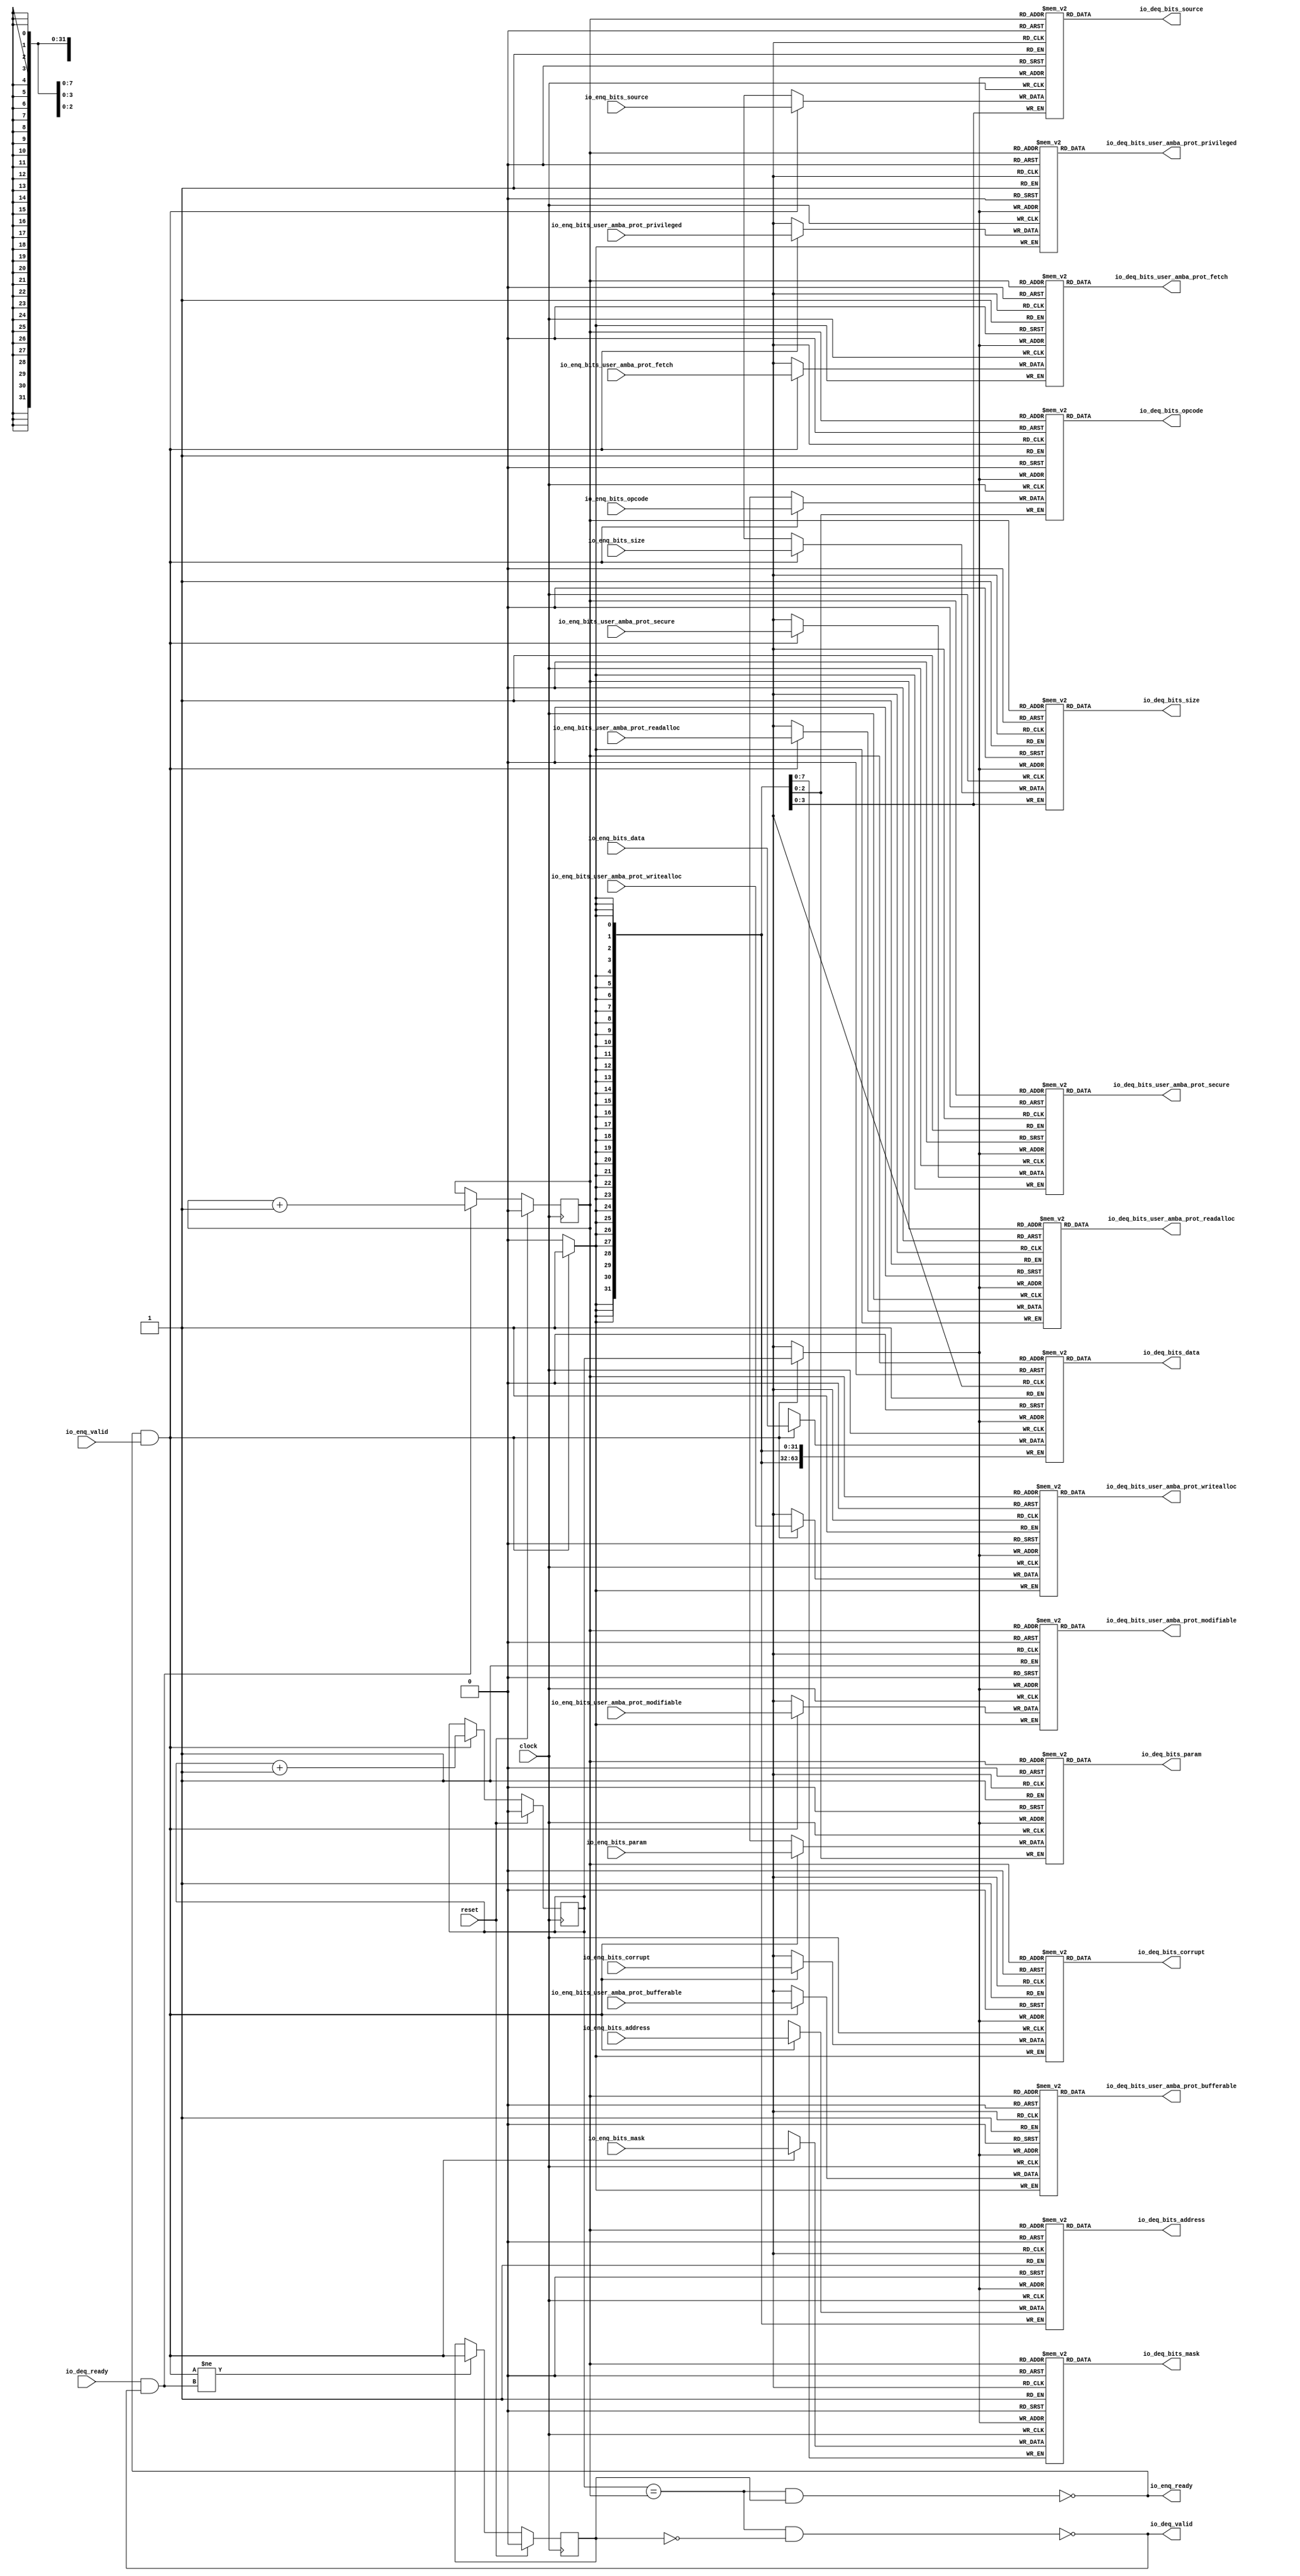
module Queue_12(
  input         clock,
  input         reset,
  output        io_enq_ready,
  input         io_enq_valid,
  input  [2:0]  io_enq_bits_opcode,
  input  [2:0]  io_enq_bits_param,
  input  [3:0]  io_enq_bits_size,
  input  [3:0]  io_enq_bits_source,
  input  [31:0] io_enq_bits_address,
  input         io_enq_bits_user_amba_prot_bufferable,
  input         io_enq_bits_user_amba_prot_modifiable,
  input         io_enq_bits_user_amba_prot_readalloc,
  input         io_enq_bits_user_amba_prot_writealloc,
  input         io_enq_bits_user_amba_prot_privileged,
  input         io_enq_bits_user_amba_prot_secure,
  input         io_enq_bits_user_amba_prot_fetch,
  input  [7:0]  io_enq_bits_mask,
  input  [63:0] io_enq_bits_data,
  input         io_enq_bits_corrupt,
  input         io_deq_ready,
  output        io_deq_valid,
  output [2:0]  io_deq_bits_opcode,
  output [2:0]  io_deq_bits_param,
  output [3:0]  io_deq_bits_size,
  output [3:0]  io_deq_bits_source,
  output [31:0] io_deq_bits_address,
  output        io_deq_bits_user_amba_prot_bufferable,
  output        io_deq_bits_user_amba_prot_modifiable,
  output        io_deq_bits_user_amba_prot_readalloc,
  output        io_deq_bits_user_amba_prot_writealloc,
  output        io_deq_bits_user_amba_prot_privileged,
  output        io_deq_bits_user_amba_prot_secure,
  output        io_deq_bits_user_amba_prot_fetch,
  output [7:0]  io_deq_bits_mask,
  output [63:0] io_deq_bits_data,
  output        io_deq_bits_corrupt
);
`ifdef RANDOMIZE_MEM_INIT
  reg [31:0] _RAND_0;
  reg [31:0] _RAND_1;
  reg [31:0] _RAND_2;
  reg [31:0] _RAND_3;
  reg [31:0] _RAND_4;
  reg [31:0] _RAND_5;
  reg [31:0] _RAND_6;
  reg [31:0] _RAND_7;
  reg [31:0] _RAND_8;
  reg [31:0] _RAND_9;
  reg [31:0] _RAND_10;
  reg [31:0] _RAND_11;
  reg [31:0] _RAND_12;
  reg [63:0] _RAND_13;
  reg [31:0] _RAND_14;
`endif // RANDOMIZE_MEM_INIT
`ifdef RANDOMIZE_REG_INIT
  reg [31:0] _RAND_15;
  reg [31:0] _RAND_16;
  reg [31:0] _RAND_17;
`endif // RANDOMIZE_REG_INIT
  reg [2:0] ram_opcode [0:1]; // @[Decoupled.scala 259:95]
  wire  ram_opcode_io_deq_bits_MPORT_en; // @[Decoupled.scala 259:95]
  wire  ram_opcode_io_deq_bits_MPORT_addr; // @[Decoupled.scala 259:95]
  wire [2:0] ram_opcode_io_deq_bits_MPORT_data; // @[Decoupled.scala 259:95]
  wire [2:0] ram_opcode_MPORT_data; // @[Decoupled.scala 259:95]
  wire  ram_opcode_MPORT_addr; // @[Decoupled.scala 259:95]
  wire  ram_opcode_MPORT_mask; // @[Decoupled.scala 259:95]
  wire  ram_opcode_MPORT_en; // @[Decoupled.scala 259:95]
  reg [2:0] ram_param [0:1]; // @[Decoupled.scala 259:95]
  wire  ram_param_io_deq_bits_MPORT_en; // @[Decoupled.scala 259:95]
  wire  ram_param_io_deq_bits_MPORT_addr; // @[Decoupled.scala 259:95]
  wire [2:0] ram_param_io_deq_bits_MPORT_data; // @[Decoupled.scala 259:95]
  wire [2:0] ram_param_MPORT_data; // @[Decoupled.scala 259:95]
  wire  ram_param_MPORT_addr; // @[Decoupled.scala 259:95]
  wire  ram_param_MPORT_mask; // @[Decoupled.scala 259:95]
  wire  ram_param_MPORT_en; // @[Decoupled.scala 259:95]
  reg [3:0] ram_size [0:1]; // @[Decoupled.scala 259:95]
  wire  ram_size_io_deq_bits_MPORT_en; // @[Decoupled.scala 259:95]
  wire  ram_size_io_deq_bits_MPORT_addr; // @[Decoupled.scala 259:95]
  wire [3:0] ram_size_io_deq_bits_MPORT_data; // @[Decoupled.scala 259:95]
  wire [3:0] ram_size_MPORT_data; // @[Decoupled.scala 259:95]
  wire  ram_size_MPORT_addr; // @[Decoupled.scala 259:95]
  wire  ram_size_MPORT_mask; // @[Decoupled.scala 259:95]
  wire  ram_size_MPORT_en; // @[Decoupled.scala 259:95]
  reg [3:0] ram_source [0:1]; // @[Decoupled.scala 259:95]
  wire  ram_source_io_deq_bits_MPORT_en; // @[Decoupled.scala 259:95]
  wire  ram_source_io_deq_bits_MPORT_addr; // @[Decoupled.scala 259:95]
  wire [3:0] ram_source_io_deq_bits_MPORT_data; // @[Decoupled.scala 259:95]
  wire [3:0] ram_source_MPORT_data; // @[Decoupled.scala 259:95]
  wire  ram_source_MPORT_addr; // @[Decoupled.scala 259:95]
  wire  ram_source_MPORT_mask; // @[Decoupled.scala 259:95]
  wire  ram_source_MPORT_en; // @[Decoupled.scala 259:95]
  reg [31:0] ram_address [0:1]; // @[Decoupled.scala 259:95]
  wire  ram_address_io_deq_bits_MPORT_en; // @[Decoupled.scala 259:95]
  wire  ram_address_io_deq_bits_MPORT_addr; // @[Decoupled.scala 259:95]
  wire [31:0] ram_address_io_deq_bits_MPORT_data; // @[Decoupled.scala 259:95]
  wire [31:0] ram_address_MPORT_data; // @[Decoupled.scala 259:95]
  wire  ram_address_MPORT_addr; // @[Decoupled.scala 259:95]
  wire  ram_address_MPORT_mask; // @[Decoupled.scala 259:95]
  wire  ram_address_MPORT_en; // @[Decoupled.scala 259:95]
  reg  ram_user_amba_prot_bufferable [0:1]; // @[Decoupled.scala 259:95]
  wire  ram_user_amba_prot_bufferable_io_deq_bits_MPORT_en; // @[Decoupled.scala 259:95]
  wire  ram_user_amba_prot_bufferable_io_deq_bits_MPORT_addr; // @[Decoupled.scala 259:95]
  wire  ram_user_amba_prot_bufferable_io_deq_bits_MPORT_data; // @[Decoupled.scala 259:95]
  wire  ram_user_amba_prot_bufferable_MPORT_data; // @[Decoupled.scala 259:95]
  wire  ram_user_amba_prot_bufferable_MPORT_addr; // @[Decoupled.scala 259:95]
  wire  ram_user_amba_prot_bufferable_MPORT_mask; // @[Decoupled.scala 259:95]
  wire  ram_user_amba_prot_bufferable_MPORT_en; // @[Decoupled.scala 259:95]
  reg  ram_user_amba_prot_modifiable [0:1]; // @[Decoupled.scala 259:95]
  wire  ram_user_amba_prot_modifiable_io_deq_bits_MPORT_en; // @[Decoupled.scala 259:95]
  wire  ram_user_amba_prot_modifiable_io_deq_bits_MPORT_addr; // @[Decoupled.scala 259:95]
  wire  ram_user_amba_prot_modifiable_io_deq_bits_MPORT_data; // @[Decoupled.scala 259:95]
  wire  ram_user_amba_prot_modifiable_MPORT_data; // @[Decoupled.scala 259:95]
  wire  ram_user_amba_prot_modifiable_MPORT_addr; // @[Decoupled.scala 259:95]
  wire  ram_user_amba_prot_modifiable_MPORT_mask; // @[Decoupled.scala 259:95]
  wire  ram_user_amba_prot_modifiable_MPORT_en; // @[Decoupled.scala 259:95]
  reg  ram_user_amba_prot_readalloc [0:1]; // @[Decoupled.scala 259:95]
  wire  ram_user_amba_prot_readalloc_io_deq_bits_MPORT_en; // @[Decoupled.scala 259:95]
  wire  ram_user_amba_prot_readalloc_io_deq_bits_MPORT_addr; // @[Decoupled.scala 259:95]
  wire  ram_user_amba_prot_readalloc_io_deq_bits_MPORT_data; // @[Decoupled.scala 259:95]
  wire  ram_user_amba_prot_readalloc_MPORT_data; // @[Decoupled.scala 259:95]
  wire  ram_user_amba_prot_readalloc_MPORT_addr; // @[Decoupled.scala 259:95]
  wire  ram_user_amba_prot_readalloc_MPORT_mask; // @[Decoupled.scala 259:95]
  wire  ram_user_amba_prot_readalloc_MPORT_en; // @[Decoupled.scala 259:95]
  reg  ram_user_amba_prot_writealloc [0:1]; // @[Decoupled.scala 259:95]
  wire  ram_user_amba_prot_writealloc_io_deq_bits_MPORT_en; // @[Decoupled.scala 259:95]
  wire  ram_user_amba_prot_writealloc_io_deq_bits_MPORT_addr; // @[Decoupled.scala 259:95]
  wire  ram_user_amba_prot_writealloc_io_deq_bits_MPORT_data; // @[Decoupled.scala 259:95]
  wire  ram_user_amba_prot_writealloc_MPORT_data; // @[Decoupled.scala 259:95]
  wire  ram_user_amba_prot_writealloc_MPORT_addr; // @[Decoupled.scala 259:95]
  wire  ram_user_amba_prot_writealloc_MPORT_mask; // @[Decoupled.scala 259:95]
  wire  ram_user_amba_prot_writealloc_MPORT_en; // @[Decoupled.scala 259:95]
  reg  ram_user_amba_prot_privileged [0:1]; // @[Decoupled.scala 259:95]
  wire  ram_user_amba_prot_privileged_io_deq_bits_MPORT_en; // @[Decoupled.scala 259:95]
  wire  ram_user_amba_prot_privileged_io_deq_bits_MPORT_addr; // @[Decoupled.scala 259:95]
  wire  ram_user_amba_prot_privileged_io_deq_bits_MPORT_data; // @[Decoupled.scala 259:95]
  wire  ram_user_amba_prot_privileged_MPORT_data; // @[Decoupled.scala 259:95]
  wire  ram_user_amba_prot_privileged_MPORT_addr; // @[Decoupled.scala 259:95]
  wire  ram_user_amba_prot_privileged_MPORT_mask; // @[Decoupled.scala 259:95]
  wire  ram_user_amba_prot_privileged_MPORT_en; // @[Decoupled.scala 259:95]
  reg  ram_user_amba_prot_secure [0:1]; // @[Decoupled.scala 259:95]
  wire  ram_user_amba_prot_secure_io_deq_bits_MPORT_en; // @[Decoupled.scala 259:95]
  wire  ram_user_amba_prot_secure_io_deq_bits_MPORT_addr; // @[Decoupled.scala 259:95]
  wire  ram_user_amba_prot_secure_io_deq_bits_MPORT_data; // @[Decoupled.scala 259:95]
  wire  ram_user_amba_prot_secure_MPORT_data; // @[Decoupled.scala 259:95]
  wire  ram_user_amba_prot_secure_MPORT_addr; // @[Decoupled.scala 259:95]
  wire  ram_user_amba_prot_secure_MPORT_mask; // @[Decoupled.scala 259:95]
  wire  ram_user_amba_prot_secure_MPORT_en; // @[Decoupled.scala 259:95]
  reg  ram_user_amba_prot_fetch [0:1]; // @[Decoupled.scala 259:95]
  wire  ram_user_amba_prot_fetch_io_deq_bits_MPORT_en; // @[Decoupled.scala 259:95]
  wire  ram_user_amba_prot_fetch_io_deq_bits_MPORT_addr; // @[Decoupled.scala 259:95]
  wire  ram_user_amba_prot_fetch_io_deq_bits_MPORT_data; // @[Decoupled.scala 259:95]
  wire  ram_user_amba_prot_fetch_MPORT_data; // @[Decoupled.scala 259:95]
  wire  ram_user_amba_prot_fetch_MPORT_addr; // @[Decoupled.scala 259:95]
  wire  ram_user_amba_prot_fetch_MPORT_mask; // @[Decoupled.scala 259:95]
  wire  ram_user_amba_prot_fetch_MPORT_en; // @[Decoupled.scala 259:95]
  reg [7:0] ram_mask [0:1]; // @[Decoupled.scala 259:95]
  wire  ram_mask_io_deq_bits_MPORT_en; // @[Decoupled.scala 259:95]
  wire  ram_mask_io_deq_bits_MPORT_addr; // @[Decoupled.scala 259:95]
  wire [7:0] ram_mask_io_deq_bits_MPORT_data; // @[Decoupled.scala 259:95]
  wire [7:0] ram_mask_MPORT_data; // @[Decoupled.scala 259:95]
  wire  ram_mask_MPORT_addr; // @[Decoupled.scala 259:95]
  wire  ram_mask_MPORT_mask; // @[Decoupled.scala 259:95]
  wire  ram_mask_MPORT_en; // @[Decoupled.scala 259:95]
  reg [63:0] ram_data [0:1]; // @[Decoupled.scala 259:95]
  wire  ram_data_io_deq_bits_MPORT_en; // @[Decoupled.scala 259:95]
  wire  ram_data_io_deq_bits_MPORT_addr; // @[Decoupled.scala 259:95]
  wire [63:0] ram_data_io_deq_bits_MPORT_data; // @[Decoupled.scala 259:95]
  wire [63:0] ram_data_MPORT_data; // @[Decoupled.scala 259:95]
  wire  ram_data_MPORT_addr; // @[Decoupled.scala 259:95]
  wire  ram_data_MPORT_mask; // @[Decoupled.scala 259:95]
  wire  ram_data_MPORT_en; // @[Decoupled.scala 259:95]
  reg  ram_corrupt [0:1]; // @[Decoupled.scala 259:95]
  wire  ram_corrupt_io_deq_bits_MPORT_en; // @[Decoupled.scala 259:95]
  wire  ram_corrupt_io_deq_bits_MPORT_addr; // @[Decoupled.scala 259:95]
  wire  ram_corrupt_io_deq_bits_MPORT_data; // @[Decoupled.scala 259:95]
  wire  ram_corrupt_MPORT_data; // @[Decoupled.scala 259:95]
  wire  ram_corrupt_MPORT_addr; // @[Decoupled.scala 259:95]
  wire  ram_corrupt_MPORT_mask; // @[Decoupled.scala 259:95]
  wire  ram_corrupt_MPORT_en; // @[Decoupled.scala 259:95]
  reg  value; // @[Counter.scala 62:40]
  reg  value_1; // @[Counter.scala 62:40]
  reg  maybe_full; // @[Decoupled.scala 262:27]
  wire  ptr_match = value == value_1; // @[Decoupled.scala 263:33]
  wire  empty = ptr_match & ~maybe_full; // @[Decoupled.scala 264:25]
  wire  full = ptr_match & maybe_full; // @[Decoupled.scala 265:24]
  wire  do_enq = io_enq_ready & io_enq_valid; // @[Decoupled.scala 50:35]
  wire  do_deq = io_deq_ready & io_deq_valid; // @[Decoupled.scala 50:35]
  assign ram_opcode_io_deq_bits_MPORT_en = 1'h1;
  assign ram_opcode_io_deq_bits_MPORT_addr = value_1;
  assign ram_opcode_io_deq_bits_MPORT_data = ram_opcode[ram_opcode_io_deq_bits_MPORT_addr]; // @[Decoupled.scala 259:95]
  assign ram_opcode_MPORT_data = io_enq_bits_opcode;
  assign ram_opcode_MPORT_addr = value;
  assign ram_opcode_MPORT_mask = 1'h1;
  assign ram_opcode_MPORT_en = io_enq_ready & io_enq_valid;
  assign ram_param_io_deq_bits_MPORT_en = 1'h1;
  assign ram_param_io_deq_bits_MPORT_addr = value_1;
  assign ram_param_io_deq_bits_MPORT_data = ram_param[ram_param_io_deq_bits_MPORT_addr]; // @[Decoupled.scala 259:95]
  assign ram_param_MPORT_data = io_enq_bits_param;
  assign ram_param_MPORT_addr = value;
  assign ram_param_MPORT_mask = 1'h1;
  assign ram_param_MPORT_en = io_enq_ready & io_enq_valid;
  assign ram_size_io_deq_bits_MPORT_en = 1'h1;
  assign ram_size_io_deq_bits_MPORT_addr = value_1;
  assign ram_size_io_deq_bits_MPORT_data = ram_size[ram_size_io_deq_bits_MPORT_addr]; // @[Decoupled.scala 259:95]
  assign ram_size_MPORT_data = io_enq_bits_size;
  assign ram_size_MPORT_addr = value;
  assign ram_size_MPORT_mask = 1'h1;
  assign ram_size_MPORT_en = io_enq_ready & io_enq_valid;
  assign ram_source_io_deq_bits_MPORT_en = 1'h1;
  assign ram_source_io_deq_bits_MPORT_addr = value_1;
  assign ram_source_io_deq_bits_MPORT_data = ram_source[ram_source_io_deq_bits_MPORT_addr]; // @[Decoupled.scala 259:95]
  assign ram_source_MPORT_data = io_enq_bits_source;
  assign ram_source_MPORT_addr = value;
  assign ram_source_MPORT_mask = 1'h1;
  assign ram_source_MPORT_en = io_enq_ready & io_enq_valid;
  assign ram_address_io_deq_bits_MPORT_en = 1'h1;
  assign ram_address_io_deq_bits_MPORT_addr = value_1;
  assign ram_address_io_deq_bits_MPORT_data = ram_address[ram_address_io_deq_bits_MPORT_addr]; // @[Decoupled.scala 259:95]
  assign ram_address_MPORT_data = io_enq_bits_address;
  assign ram_address_MPORT_addr = value;
  assign ram_address_MPORT_mask = 1'h1;
  assign ram_address_MPORT_en = io_enq_ready & io_enq_valid;
  assign ram_user_amba_prot_bufferable_io_deq_bits_MPORT_en = 1'h1;
  assign ram_user_amba_prot_bufferable_io_deq_bits_MPORT_addr = value_1;
  assign ram_user_amba_prot_bufferable_io_deq_bits_MPORT_data =
    ram_user_amba_prot_bufferable[ram_user_amba_prot_bufferable_io_deq_bits_MPORT_addr]; // @[Decoupled.scala 259:95]
  assign ram_user_amba_prot_bufferable_MPORT_data = io_enq_bits_user_amba_prot_bufferable;
  assign ram_user_amba_prot_bufferable_MPORT_addr = value;
  assign ram_user_amba_prot_bufferable_MPORT_mask = 1'h1;
  assign ram_user_amba_prot_bufferable_MPORT_en = io_enq_ready & io_enq_valid;
  assign ram_user_amba_prot_modifiable_io_deq_bits_MPORT_en = 1'h1;
  assign ram_user_amba_prot_modifiable_io_deq_bits_MPORT_addr = value_1;
  assign ram_user_amba_prot_modifiable_io_deq_bits_MPORT_data =
    ram_user_amba_prot_modifiable[ram_user_amba_prot_modifiable_io_deq_bits_MPORT_addr]; // @[Decoupled.scala 259:95]
  assign ram_user_amba_prot_modifiable_MPORT_data = io_enq_bits_user_amba_prot_modifiable;
  assign ram_user_amba_prot_modifiable_MPORT_addr = value;
  assign ram_user_amba_prot_modifiable_MPORT_mask = 1'h1;
  assign ram_user_amba_prot_modifiable_MPORT_en = io_enq_ready & io_enq_valid;
  assign ram_user_amba_prot_readalloc_io_deq_bits_MPORT_en = 1'h1;
  assign ram_user_amba_prot_readalloc_io_deq_bits_MPORT_addr = value_1;
  assign ram_user_amba_prot_readalloc_io_deq_bits_MPORT_data =
    ram_user_amba_prot_readalloc[ram_user_amba_prot_readalloc_io_deq_bits_MPORT_addr]; // @[Decoupled.scala 259:95]
  assign ram_user_amba_prot_readalloc_MPORT_data = io_enq_bits_user_amba_prot_readalloc;
  assign ram_user_amba_prot_readalloc_MPORT_addr = value;
  assign ram_user_amba_prot_readalloc_MPORT_mask = 1'h1;
  assign ram_user_amba_prot_readalloc_MPORT_en = io_enq_ready & io_enq_valid;
  assign ram_user_amba_prot_writealloc_io_deq_bits_MPORT_en = 1'h1;
  assign ram_user_amba_prot_writealloc_io_deq_bits_MPORT_addr = value_1;
  assign ram_user_amba_prot_writealloc_io_deq_bits_MPORT_data =
    ram_user_amba_prot_writealloc[ram_user_amba_prot_writealloc_io_deq_bits_MPORT_addr]; // @[Decoupled.scala 259:95]
  assign ram_user_amba_prot_writealloc_MPORT_data = io_enq_bits_user_amba_prot_writealloc;
  assign ram_user_amba_prot_writealloc_MPORT_addr = value;
  assign ram_user_amba_prot_writealloc_MPORT_mask = 1'h1;
  assign ram_user_amba_prot_writealloc_MPORT_en = io_enq_ready & io_enq_valid;
  assign ram_user_amba_prot_privileged_io_deq_bits_MPORT_en = 1'h1;
  assign ram_user_amba_prot_privileged_io_deq_bits_MPORT_addr = value_1;
  assign ram_user_amba_prot_privileged_io_deq_bits_MPORT_data =
    ram_user_amba_prot_privileged[ram_user_amba_prot_privileged_io_deq_bits_MPORT_addr]; // @[Decoupled.scala 259:95]
  assign ram_user_amba_prot_privileged_MPORT_data = io_enq_bits_user_amba_prot_privileged;
  assign ram_user_amba_prot_privileged_MPORT_addr = value;
  assign ram_user_amba_prot_privileged_MPORT_mask = 1'h1;
  assign ram_user_amba_prot_privileged_MPORT_en = io_enq_ready & io_enq_valid;
  assign ram_user_amba_prot_secure_io_deq_bits_MPORT_en = 1'h1;
  assign ram_user_amba_prot_secure_io_deq_bits_MPORT_addr = value_1;
  assign ram_user_amba_prot_secure_io_deq_bits_MPORT_data =
    ram_user_amba_prot_secure[ram_user_amba_prot_secure_io_deq_bits_MPORT_addr]; // @[Decoupled.scala 259:95]
  assign ram_user_amba_prot_secure_MPORT_data = io_enq_bits_user_amba_prot_secure;
  assign ram_user_amba_prot_secure_MPORT_addr = value;
  assign ram_user_amba_prot_secure_MPORT_mask = 1'h1;
  assign ram_user_amba_prot_secure_MPORT_en = io_enq_ready & io_enq_valid;
  assign ram_user_amba_prot_fetch_io_deq_bits_MPORT_en = 1'h1;
  assign ram_user_amba_prot_fetch_io_deq_bits_MPORT_addr = value_1;
  assign ram_user_amba_prot_fetch_io_deq_bits_MPORT_data =
    ram_user_amba_prot_fetch[ram_user_amba_prot_fetch_io_deq_bits_MPORT_addr]; // @[Decoupled.scala 259:95]
  assign ram_user_amba_prot_fetch_MPORT_data = io_enq_bits_user_amba_prot_fetch;
  assign ram_user_amba_prot_fetch_MPORT_addr = value;
  assign ram_user_amba_prot_fetch_MPORT_mask = 1'h1;
  assign ram_user_amba_prot_fetch_MPORT_en = io_enq_ready & io_enq_valid;
  assign ram_mask_io_deq_bits_MPORT_en = 1'h1;
  assign ram_mask_io_deq_bits_MPORT_addr = value_1;
  assign ram_mask_io_deq_bits_MPORT_data = ram_mask[ram_mask_io_deq_bits_MPORT_addr]; // @[Decoupled.scala 259:95]
  assign ram_mask_MPORT_data = io_enq_bits_mask;
  assign ram_mask_MPORT_addr = value;
  assign ram_mask_MPORT_mask = 1'h1;
  assign ram_mask_MPORT_en = io_enq_ready & io_enq_valid;
  assign ram_data_io_deq_bits_MPORT_en = 1'h1;
  assign ram_data_io_deq_bits_MPORT_addr = value_1;
  assign ram_data_io_deq_bits_MPORT_data = ram_data[ram_data_io_deq_bits_MPORT_addr]; // @[Decoupled.scala 259:95]
  assign ram_data_MPORT_data = io_enq_bits_data;
  assign ram_data_MPORT_addr = value;
  assign ram_data_MPORT_mask = 1'h1;
  assign ram_data_MPORT_en = io_enq_ready & io_enq_valid;
  assign ram_corrupt_io_deq_bits_MPORT_en = 1'h1;
  assign ram_corrupt_io_deq_bits_MPORT_addr = value_1;
  assign ram_corrupt_io_deq_bits_MPORT_data = ram_corrupt[ram_corrupt_io_deq_bits_MPORT_addr]; // @[Decoupled.scala 259:95]
  assign ram_corrupt_MPORT_data = io_enq_bits_corrupt;
  assign ram_corrupt_MPORT_addr = value;
  assign ram_corrupt_MPORT_mask = 1'h1;
  assign ram_corrupt_MPORT_en = io_enq_ready & io_enq_valid;
  assign io_enq_ready = ~full; // @[Decoupled.scala 289:19]
  assign io_deq_valid = ~empty; // @[Decoupled.scala 288:19]
  assign io_deq_bits_opcode = ram_opcode_io_deq_bits_MPORT_data; // @[Decoupled.scala 296:17]
  assign io_deq_bits_param = ram_param_io_deq_bits_MPORT_data; // @[Decoupled.scala 296:17]
  assign io_deq_bits_size = ram_size_io_deq_bits_MPORT_data; // @[Decoupled.scala 296:17]
  assign io_deq_bits_source = ram_source_io_deq_bits_MPORT_data; // @[Decoupled.scala 296:17]
  assign io_deq_bits_address = ram_address_io_deq_bits_MPORT_data; // @[Decoupled.scala 296:17]
  assign io_deq_bits_user_amba_prot_bufferable = ram_user_amba_prot_bufferable_io_deq_bits_MPORT_data; // @[Decoupled.scala 296:17]
  assign io_deq_bits_user_amba_prot_modifiable = ram_user_amba_prot_modifiable_io_deq_bits_MPORT_data; // @[Decoupled.scala 296:17]
  assign io_deq_bits_user_amba_prot_readalloc = ram_user_amba_prot_readalloc_io_deq_bits_MPORT_data; // @[Decoupled.scala 296:17]
  assign io_deq_bits_user_amba_prot_writealloc = ram_user_amba_prot_writealloc_io_deq_bits_MPORT_data; // @[Decoupled.scala 296:17]
  assign io_deq_bits_user_amba_prot_privileged = ram_user_amba_prot_privileged_io_deq_bits_MPORT_data; // @[Decoupled.scala 296:17]
  assign io_deq_bits_user_amba_prot_secure = ram_user_amba_prot_secure_io_deq_bits_MPORT_data; // @[Decoupled.scala 296:17]
  assign io_deq_bits_user_amba_prot_fetch = ram_user_amba_prot_fetch_io_deq_bits_MPORT_data; // @[Decoupled.scala 296:17]
  assign io_deq_bits_mask = ram_mask_io_deq_bits_MPORT_data; // @[Decoupled.scala 296:17]
  assign io_deq_bits_data = ram_data_io_deq_bits_MPORT_data; // @[Decoupled.scala 296:17]
  assign io_deq_bits_corrupt = ram_corrupt_io_deq_bits_MPORT_data; // @[Decoupled.scala 296:17]
  always @(posedge clock) begin
    if (ram_opcode_MPORT_en & ram_opcode_MPORT_mask) begin
      ram_opcode[ram_opcode_MPORT_addr] <= ram_opcode_MPORT_data; // @[Decoupled.scala 259:95]
    end
    if (ram_param_MPORT_en & ram_param_MPORT_mask) begin
      ram_param[ram_param_MPORT_addr] <= ram_param_MPORT_data; // @[Decoupled.scala 259:95]
    end
    if (ram_size_MPORT_en & ram_size_MPORT_mask) begin
      ram_size[ram_size_MPORT_addr] <= ram_size_MPORT_data; // @[Decoupled.scala 259:95]
    end
    if (ram_source_MPORT_en & ram_source_MPORT_mask) begin
      ram_source[ram_source_MPORT_addr] <= ram_source_MPORT_data; // @[Decoupled.scala 259:95]
    end
    if (ram_address_MPORT_en & ram_address_MPORT_mask) begin
      ram_address[ram_address_MPORT_addr] <= ram_address_MPORT_data; // @[Decoupled.scala 259:95]
    end
    if (ram_user_amba_prot_bufferable_MPORT_en & ram_user_amba_prot_bufferable_MPORT_mask) begin
      ram_user_amba_prot_bufferable[ram_user_amba_prot_bufferable_MPORT_addr] <=
        ram_user_amba_prot_bufferable_MPORT_data; // @[Decoupled.scala 259:95]
    end
    if (ram_user_amba_prot_modifiable_MPORT_en & ram_user_amba_prot_modifiable_MPORT_mask) begin
      ram_user_amba_prot_modifiable[ram_user_amba_prot_modifiable_MPORT_addr] <=
        ram_user_amba_prot_modifiable_MPORT_data; // @[Decoupled.scala 259:95]
    end
    if (ram_user_amba_prot_readalloc_MPORT_en & ram_user_amba_prot_readalloc_MPORT_mask) begin
      ram_user_amba_prot_readalloc[ram_user_amba_prot_readalloc_MPORT_addr] <= ram_user_amba_prot_readalloc_MPORT_data; // @[Decoupled.scala 259:95]
    end
    if (ram_user_amba_prot_writealloc_MPORT_en & ram_user_amba_prot_writealloc_MPORT_mask) begin
      ram_user_amba_prot_writealloc[ram_user_amba_prot_writealloc_MPORT_addr] <=
        ram_user_amba_prot_writealloc_MPORT_data; // @[Decoupled.scala 259:95]
    end
    if (ram_user_amba_prot_privileged_MPORT_en & ram_user_amba_prot_privileged_MPORT_mask) begin
      ram_user_amba_prot_privileged[ram_user_amba_prot_privileged_MPORT_addr] <=
        ram_user_amba_prot_privileged_MPORT_data; // @[Decoupled.scala 259:95]
    end
    if (ram_user_amba_prot_secure_MPORT_en & ram_user_amba_prot_secure_MPORT_mask) begin
      ram_user_amba_prot_secure[ram_user_amba_prot_secure_MPORT_addr] <= ram_user_amba_prot_secure_MPORT_data; // @[Decoupled.scala 259:95]
    end
    if (ram_user_amba_prot_fetch_MPORT_en & ram_user_amba_prot_fetch_MPORT_mask) begin
      ram_user_amba_prot_fetch[ram_user_amba_prot_fetch_MPORT_addr] <= ram_user_amba_prot_fetch_MPORT_data; // @[Decoupled.scala 259:95]
    end
    if (ram_mask_MPORT_en & ram_mask_MPORT_mask) begin
      ram_mask[ram_mask_MPORT_addr] <= ram_mask_MPORT_data; // @[Decoupled.scala 259:95]
    end
    if (ram_data_MPORT_en & ram_data_MPORT_mask) begin
      ram_data[ram_data_MPORT_addr] <= ram_data_MPORT_data; // @[Decoupled.scala 259:95]
    end
    if (ram_corrupt_MPORT_en & ram_corrupt_MPORT_mask) begin
      ram_corrupt[ram_corrupt_MPORT_addr] <= ram_corrupt_MPORT_data; // @[Decoupled.scala 259:95]
    end
    if (reset) begin // @[Counter.scala 62:40]
      value <= 1'h0; // @[Counter.scala 62:40]
    end else if (do_enq) begin // @[Decoupled.scala 272:16]
      value <= value + 1'h1; // @[Counter.scala 78:15]
    end
    if (reset) begin // @[Counter.scala 62:40]
      value_1 <= 1'h0; // @[Counter.scala 62:40]
    end else if (do_deq) begin // @[Decoupled.scala 276:16]
      value_1 <= value_1 + 1'h1; // @[Counter.scala 78:15]
    end
    if (reset) begin // @[Decoupled.scala 262:27]
      maybe_full <= 1'h0; // @[Decoupled.scala 262:27]
    end else if (do_enq != do_deq) begin // @[Decoupled.scala 279:27]
      maybe_full <= do_enq; // @[Decoupled.scala 280:16]
    end
  end
// Register and memory initialization
`ifdef RANDOMIZE_GARBAGE_ASSIGN
`define RANDOMIZE
`endif
`ifdef RANDOMIZE_INVALID_ASSIGN
`define RANDOMIZE
`endif
`ifdef RANDOMIZE_REG_INIT
`define RANDOMIZE
`endif
`ifdef RANDOMIZE_MEM_INIT
`define RANDOMIZE
`endif
`ifndef RANDOM
`define RANDOM $random
`endif
`ifdef RANDOMIZE_MEM_INIT
  integer initvar;
`endif
`ifndef SYNTHESIS
`ifdef FIRRTL_BEFORE_INITIAL
`FIRRTL_BEFORE_INITIAL
`endif
initial begin
  `ifdef RANDOMIZE
    `ifdef INIT_RANDOM
      `INIT_RANDOM
    `endif
    `ifndef VERILATOR
      `ifdef RANDOMIZE_DELAY
        #`RANDOMIZE_DELAY begin end
      `else
        #0.002 begin end
      `endif
    `endif
`ifdef RANDOMIZE_MEM_INIT
  _RAND_0 = {1{`RANDOM}};
  for (initvar = 0; initvar < 2; initvar = initvar+1)
    ram_opcode[initvar] = _RAND_0[2:0];
  _RAND_1 = {1{`RANDOM}};
  for (initvar = 0; initvar < 2; initvar = initvar+1)
    ram_param[initvar] = _RAND_1[2:0];
  _RAND_2 = {1{`RANDOM}};
  for (initvar = 0; initvar < 2; initvar = initvar+1)
    ram_size[initvar] = _RAND_2[3:0];
  _RAND_3 = {1{`RANDOM}};
  for (initvar = 0; initvar < 2; initvar = initvar+1)
    ram_source[initvar] = _RAND_3[3:0];
  _RAND_4 = {1{`RANDOM}};
  for (initvar = 0; initvar < 2; initvar = initvar+1)
    ram_address[initvar] = _RAND_4[31:0];
  _RAND_5 = {1{`RANDOM}};
  for (initvar = 0; initvar < 2; initvar = initvar+1)
    ram_user_amba_prot_bufferable[initvar] = _RAND_5[0:0];
  _RAND_6 = {1{`RANDOM}};
  for (initvar = 0; initvar < 2; initvar = initvar+1)
    ram_user_amba_prot_modifiable[initvar] = _RAND_6[0:0];
  _RAND_7 = {1{`RANDOM}};
  for (initvar = 0; initvar < 2; initvar = initvar+1)
    ram_user_amba_prot_readalloc[initvar] = _RAND_7[0:0];
  _RAND_8 = {1{`RANDOM}};
  for (initvar = 0; initvar < 2; initvar = initvar+1)
    ram_user_amba_prot_writealloc[initvar] = _RAND_8[0:0];
  _RAND_9 = {1{`RANDOM}};
  for (initvar = 0; initvar < 2; initvar = initvar+1)
    ram_user_amba_prot_privileged[initvar] = _RAND_9[0:0];
  _RAND_10 = {1{`RANDOM}};
  for (initvar = 0; initvar < 2; initvar = initvar+1)
    ram_user_amba_prot_secure[initvar] = _RAND_10[0:0];
  _RAND_11 = {1{`RANDOM}};
  for (initvar = 0; initvar < 2; initvar = initvar+1)
    ram_user_amba_prot_fetch[initvar] = _RAND_11[0:0];
  _RAND_12 = {1{`RANDOM}};
  for (initvar = 0; initvar < 2; initvar = initvar+1)
    ram_mask[initvar] = _RAND_12[7:0];
  _RAND_13 = {2{`RANDOM}};
  for (initvar = 0; initvar < 2; initvar = initvar+1)
    ram_data[initvar] = _RAND_13[63:0];
  _RAND_14 = {1{`RANDOM}};
  for (initvar = 0; initvar < 2; initvar = initvar+1)
    ram_corrupt[initvar] = _RAND_14[0:0];
`endif // RANDOMIZE_MEM_INIT
`ifdef RANDOMIZE_REG_INIT
  _RAND_15 = {1{`RANDOM}};
  value = _RAND_15[0:0];
  _RAND_16 = {1{`RANDOM}};
  value_1 = _RAND_16[0:0];
  _RAND_17 = {1{`RANDOM}};
  maybe_full = _RAND_17[0:0];
`endif // RANDOMIZE_REG_INIT
  `endif // RANDOMIZE
end // initial
`ifdef FIRRTL_AFTER_INITIAL
`FIRRTL_AFTER_INITIAL
`endif
`endif // SYNTHESIS
endmodule